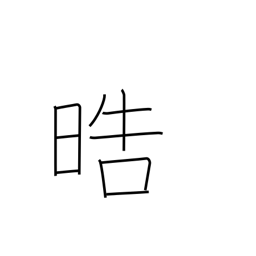
Meaning: pure